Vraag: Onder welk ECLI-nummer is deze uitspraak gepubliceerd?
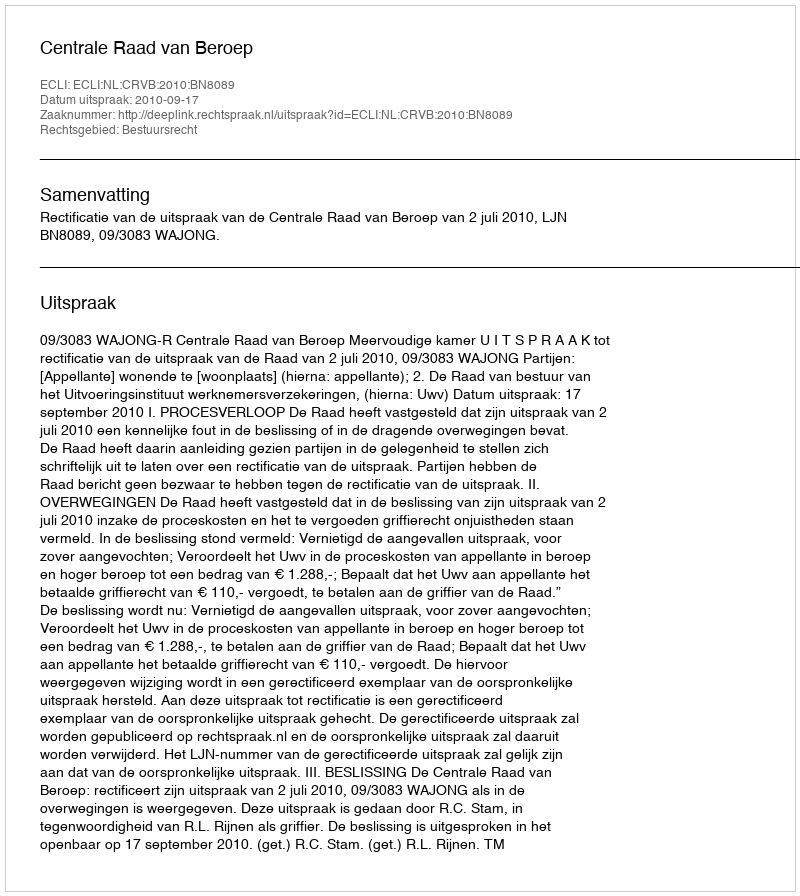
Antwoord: ECLI:NL:CRVB:2010:BN8089